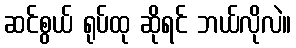
ဆင်စွယ် ရုပ်ထု ဆိုရင် ဘယ်လိုလဲ။